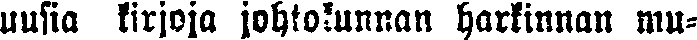
uusia kirjoja johtokunnan harkinnan mu-